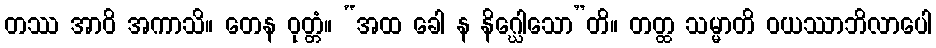
တဿ အာဝိ အကာသိ။ တေန ဝုတ္တံ။ “အထ ခေါ န နိဂ္ဃေါသော”တိ။ တတ္ထ သမ္မာတိ ဝယဿာဘိလာပေါ